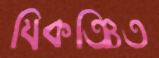
যিকঞ্চিত